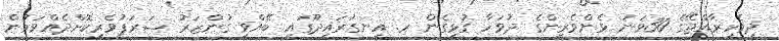
ދިވެހިރާއްޖޭގެ 30ވަނަ ޅެންވެރީންގެ ދުވަހާ ގުޅިގެން ރ. އިނގުރައިދޫގައި ބޭއްވި ގުންޒަރު ޝަރަފުވެރިކޮށްދެއްވަމުން